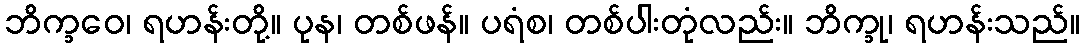
ဘိက္ခဝေ၊ ရဟန်းတို့။ ပုန၊ တစ်ဖန်။ ပရံစ၊ တစ်ပါးတုံလည်း။ ဘိက္ခု၊ ရဟန်းသည်။